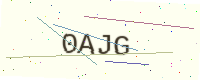
Text: 0AJG